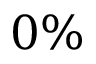
0 \%